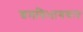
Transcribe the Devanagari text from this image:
श्रमविभागरूप